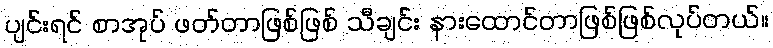
ပျင်းရင် စာအုပ် ဖတ်တာဖြစ်ဖြစ် သီချင်း နားထောင်တာဖြစ်ဖြစ်လုပ်တယ်။